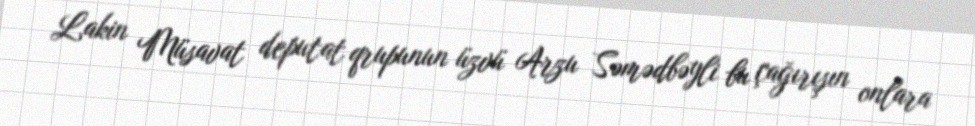
Lakin Müsavat deputat qrupunun üzvü Arzu Səmədbəyli bu çağırışın onlara